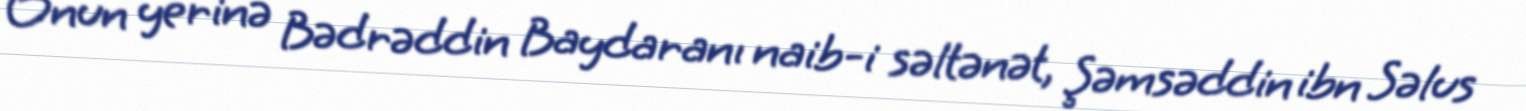
Onun yerinə Bədrəddin Baydaranı naib-i səltənət, Şəmsəddin ibn Səlus